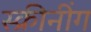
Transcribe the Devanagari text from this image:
स्क्रीनींग